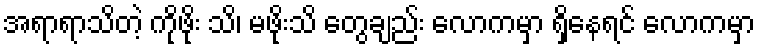
အရာရာသိတဲ့ ကိုဖိုး သိ၊ မဖိုးသိ တွေချည်း လောကမှာ ရှိနေရင် လောကမှာ